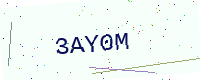
Text: 3AY0M